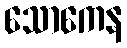
သောကေန